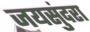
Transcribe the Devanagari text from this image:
जयसुंदरा